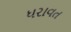
ધરાવત